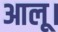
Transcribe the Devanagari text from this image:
आलू।